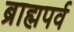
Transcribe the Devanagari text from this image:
ब्राह्मपर्व